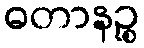
ဓတာနဉ္စ